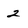
Character: 2